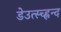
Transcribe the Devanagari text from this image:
डेउत्स्च्ह्लन्द